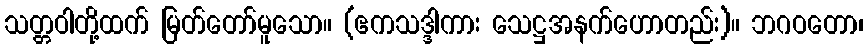
သတ္တဝါတို့ထက် မြတ်တော်မူသော။ (ဧကသဒ္ဒါကား သေဋ္ဌအနက်ဟောတည်း)။ ဘဂဝတော၊